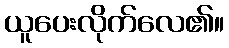
ယူပေးလိုက်လေ၏။